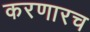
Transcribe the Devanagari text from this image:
करणारच